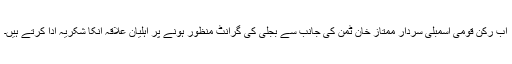
اب رکن قومی اسمبلی سردار ممتاز خان ٹمن کی جانب سے بجلی کی گرانٹ منظور ہونے پر اہلیان علاقہ انکا شکریہ ادا کرتے ہیں۔